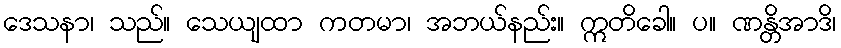
ဒေသနာ၊ သည်။ သေယျထာ ကတမာ၊ အဘယ်နည်း။ ဣတိခေါ။ ပ။ ဏန္တိအာဒိ၊